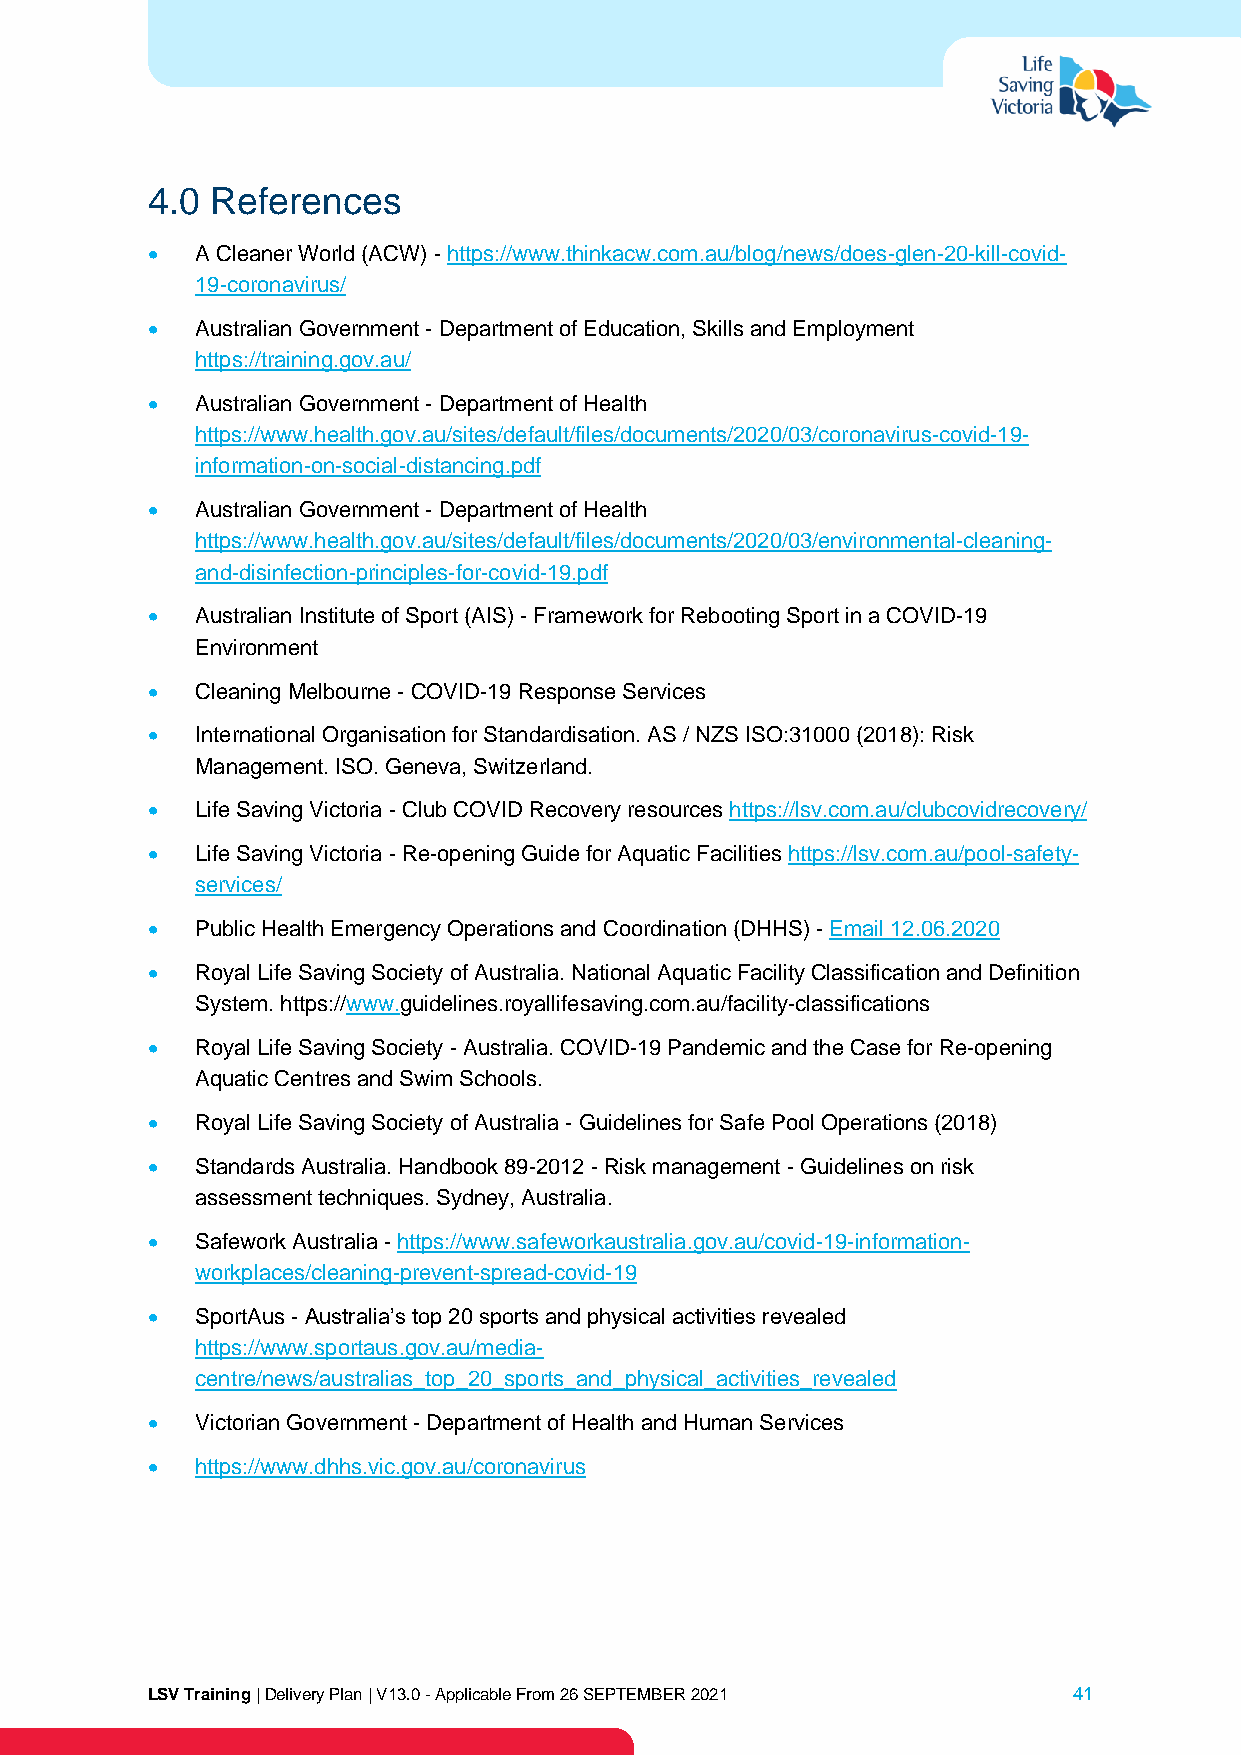
4.0 References
 •  A Cleaner World (ACW) - https://www.thinkacw.com.au/blog/news/does-glen-20-kill-covid-
 19-coronavirus/
 •  Australian Government - Department of Education, Skills and Employment
 https://training.gov.au/
 •  Australian Government - Department of Health
 https://www.health.gov.au/sites/default/files/documents/2020/03/coronavirus-covid-19-
 information-on-social-distancing.pdf
 •  Australian Government - Department of Health
 https://www.health.gov.au/sites/default/files/documents/2020/03/environmental-cleaning-
 and-disinfection-principles-for-covid-19.pdf
 •  Australian Institute of Sport (AIS) - Framework for Rebooting Sport in a COVID-19
 Environment
 •  Cleaning Melbourne - COVID-19 Response Services
 •  International Organisation for Standardisation. AS / NZS ISO:31000 (2018): Risk
 Management. ISO. Geneva, Switzerland.
 •  Life Saving Victoria - Club COVID Recovery resources https://lsv.com.au/clubcovidrecovery/
 •  Life Saving Victoria - Re-opening Guide for Aquatic Facilities https://lsv.com.au/pool-safety-
 services/
 •  Public Health Emergency Operations and Coordination (DHHS) - Email 12.06.2020
 •  Royal Life Saving Society of Australia. National Aquatic Facility Classification and Definition
 System. https://www.guidelines.royallifesaving.com.au/facility-classifications
 •  Royal Life Saving Society - Australia. COVID-19 Pandemic and the Case for Re-opening
 Aquatic Centres and Swim Schools.
 •  Royal Life Saving Society of Australia - Guidelines for Safe Pool Operations (2018)
 •  Standards Australia. Handbook 89-2012 - Risk management - Guidelines on risk
 assessment techniques. Sydney, Australia.
 •  Safework Australia - https://www.safeworkaustralia.gov.au/covid-19-information-
 workplaces/cleaning-prevent-spread-covid-19
 •  SportAus - Australia’s top 20 sports and physical activities revealed
 https://www.sportaus.gov.au/media-
 centre/news/australias_top_20_sports_and_physical_activities_revealed
 •  Victorian Government - Department of Health and Human Services
 •  https://www.dhhs.vic.gov.au/coronavirus
 LSV Training | Delivery Plan | V13.0 - Applicable From 26 SEPTEMBER 2021 41